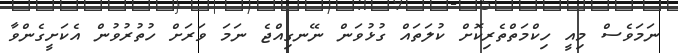
ނަމަވެސް މިއީ ހިކްމަތްތެރިކޮށް ކުލަތައް ގުޅުވަން ނޭނގިއްޖެ ނަމަ ވަރަށް ހުތުރުވުން އެކަށީގެންވާ